Insane asylums Bombay 1873-77 - 1873-1877
Year: 1873
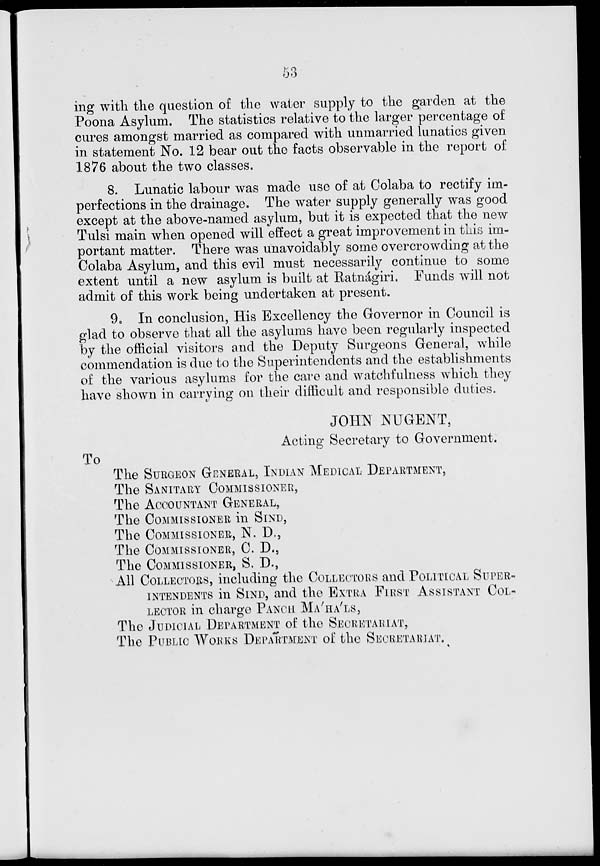
53
ing with the question of the water supply to the garden at the
Poona Asylum. The statistics relative to the larger percentage of
cures amongst married as compared with unmarried lunatics given
in statement No. 12 bear out the facts observable in the report of
1876 about the two classes.
8. Lunatic labour was made use of at Colaba to rectify im-
perfections in the drainage. The water supply generally was good
except at the above-named asylum, but it is expected that the new
Tulsi main when opened will effect a great improvement in this im-
portant matter. There was unavoidably some overcrowding at the
Colaba Asylum, and this evil must necessarily continue to some
extent until a new asylum is built at Ratnágiri. Funds will not
admit of this work being undertaken at present.
9. In conclusion, His Excellency the Governor in Council is
glad to observe that all the asylums have been regularly inspected
by the official visitors and the Deputy Surgeons General, while
commendation is due to the Superintendents and the establishments
of the various asylums for the care and watchfulness which they
have shown in carrying on their difficult and responsible duties.
JOHN NUGENT,
Acting Secretary to Government.
To
The SURGEON GENERAL, INDIAN MEDICAL DEPARTMENT,
The SANITARY COMMISSIONER,
The ACCOUNTANT GENERAL,
The COMMISSIONER in SIND,
The COMMISSIONER, N. D.,
The COMMISSIONER, C. D.,
The COMMISSIONER, S. D.,
All COLLECTORS, including the COLLECTORS and POLITICAL SUPER-
---------- in SIND, and the EXTRA FIRST ASSISTANT COL-
------ in charge PANCH MA'HA'LS,
The JUDICIAL DEPARTMENT of the SECRETARIAT,
The PUBLIC WORKS DEPARTMENT of the SECRETARIAT.